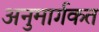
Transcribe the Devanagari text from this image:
अनुमार्गकत